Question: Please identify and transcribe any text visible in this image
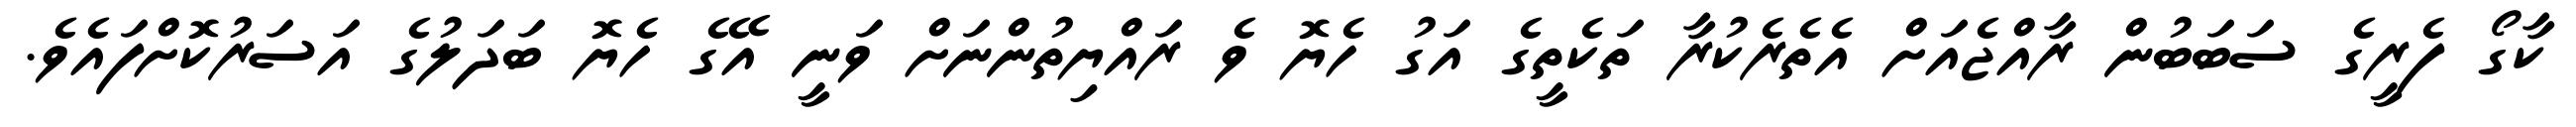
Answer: ކާގޯ ފެރީގެ ސަބަބުން ރާއްޖެއަށް އެތެރެކުރާ ތަކެތީގެ އަގު ހެޔޮ ވެ ރައްޔިތުންނަށް ވަނީ އޭގެ ހެޔޮ ބަދަލުގެ އަސަރުކޮށްފައެވެ.